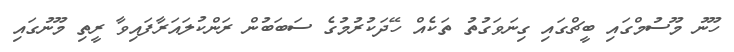
ހޫނު މޫސުމްގައި ބީޗްގައި ގިނަވަގުތު ތަކެއް ހޭދަކުރުމުގެ ސަބަބުން ރަންކުލައަރާފައިވާ ރީތި މޫނުގައި